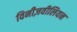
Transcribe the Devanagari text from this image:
विनीज़वीलियन